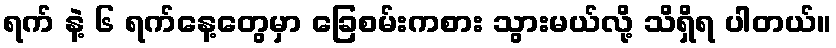
ရက် နဲ့ ၆ ရက်နေ့တွေမှာ ခြေစမ်းကစား သွားမယ်လို့ သိရှိရ ပါတယ်။